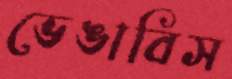
ভেঙাবিস